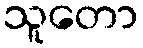
သူတော